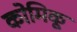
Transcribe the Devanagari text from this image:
कोमिकू